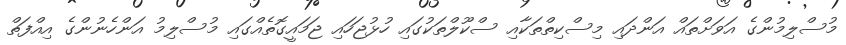
މުސްލިމުންގެ އަވަށްތައް އަންދައި މިސްކިތްތަކާއި ސްކޫލްތަކުގައި ހުޅުޖަހައި ޖަމައީގޮތެއްގައި މުސްލިމު އަންހެނުންގެ އިއްފަތް